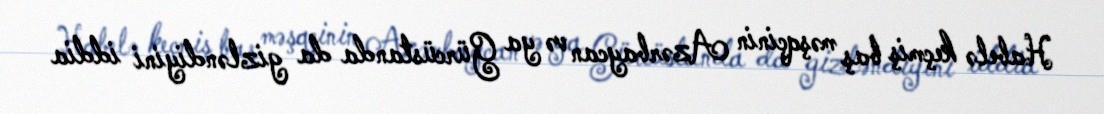
Habelə keçmiş baş məşqçinin Azərbaycan və ya Gürcüstanda da gizləndiyini iddia